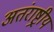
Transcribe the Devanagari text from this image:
अतंराष्ट्रीय